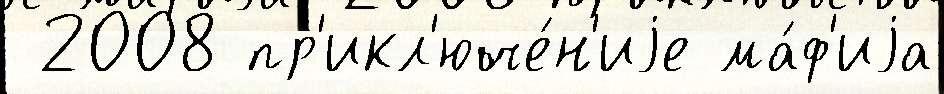
 2008 пр'икл'юче́н'иjе ма́ф'иjа